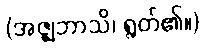
(အဇ္ဈဘာသိ၊ ရွတ်၏။)